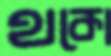
থকো